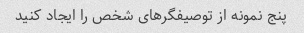
پنج نمونه از توصیفگرهای شخص را ایجاد کنید